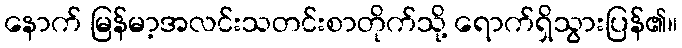
နောက် မြန်မာ့အလင်းသတင်းစာတိုက်သို့ ရောက်ရှိသွားပြန်၏။